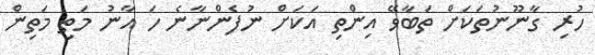
ހުރި ގާނޫނުތަކަށް ތަބާވޭ އިންތި އަކަށް ނުފެންނާނެ ހަ އާނު މަތި މަތިން